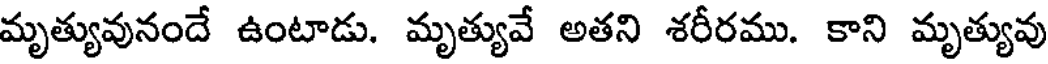
మృత్యువునందే ఉంటాడు. మృత్యువే అతని శరీరము. కాని మృత్యువు